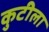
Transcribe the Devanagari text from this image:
कुटीला